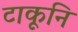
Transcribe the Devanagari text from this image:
टाकूनि